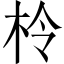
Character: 柃